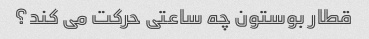
قطار بوستون چه ساعتی حرکت می کند؟